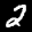
Label: 2